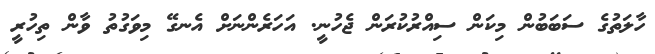
ހާލަތުގެ ސަބަބުން މިކަން ސިއްރުކުރަން ޖެހުނީ. އަހަރެންނަށް އެނގޭ މިވަގުތު ވާން ތިހުރީ